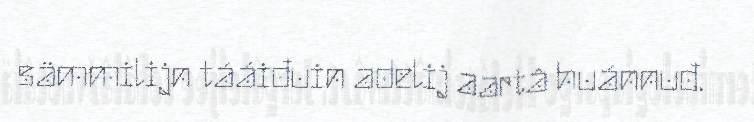
sämmilijn tááiđuin adelij aartâ huánnuđ.